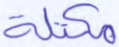
مكتلة